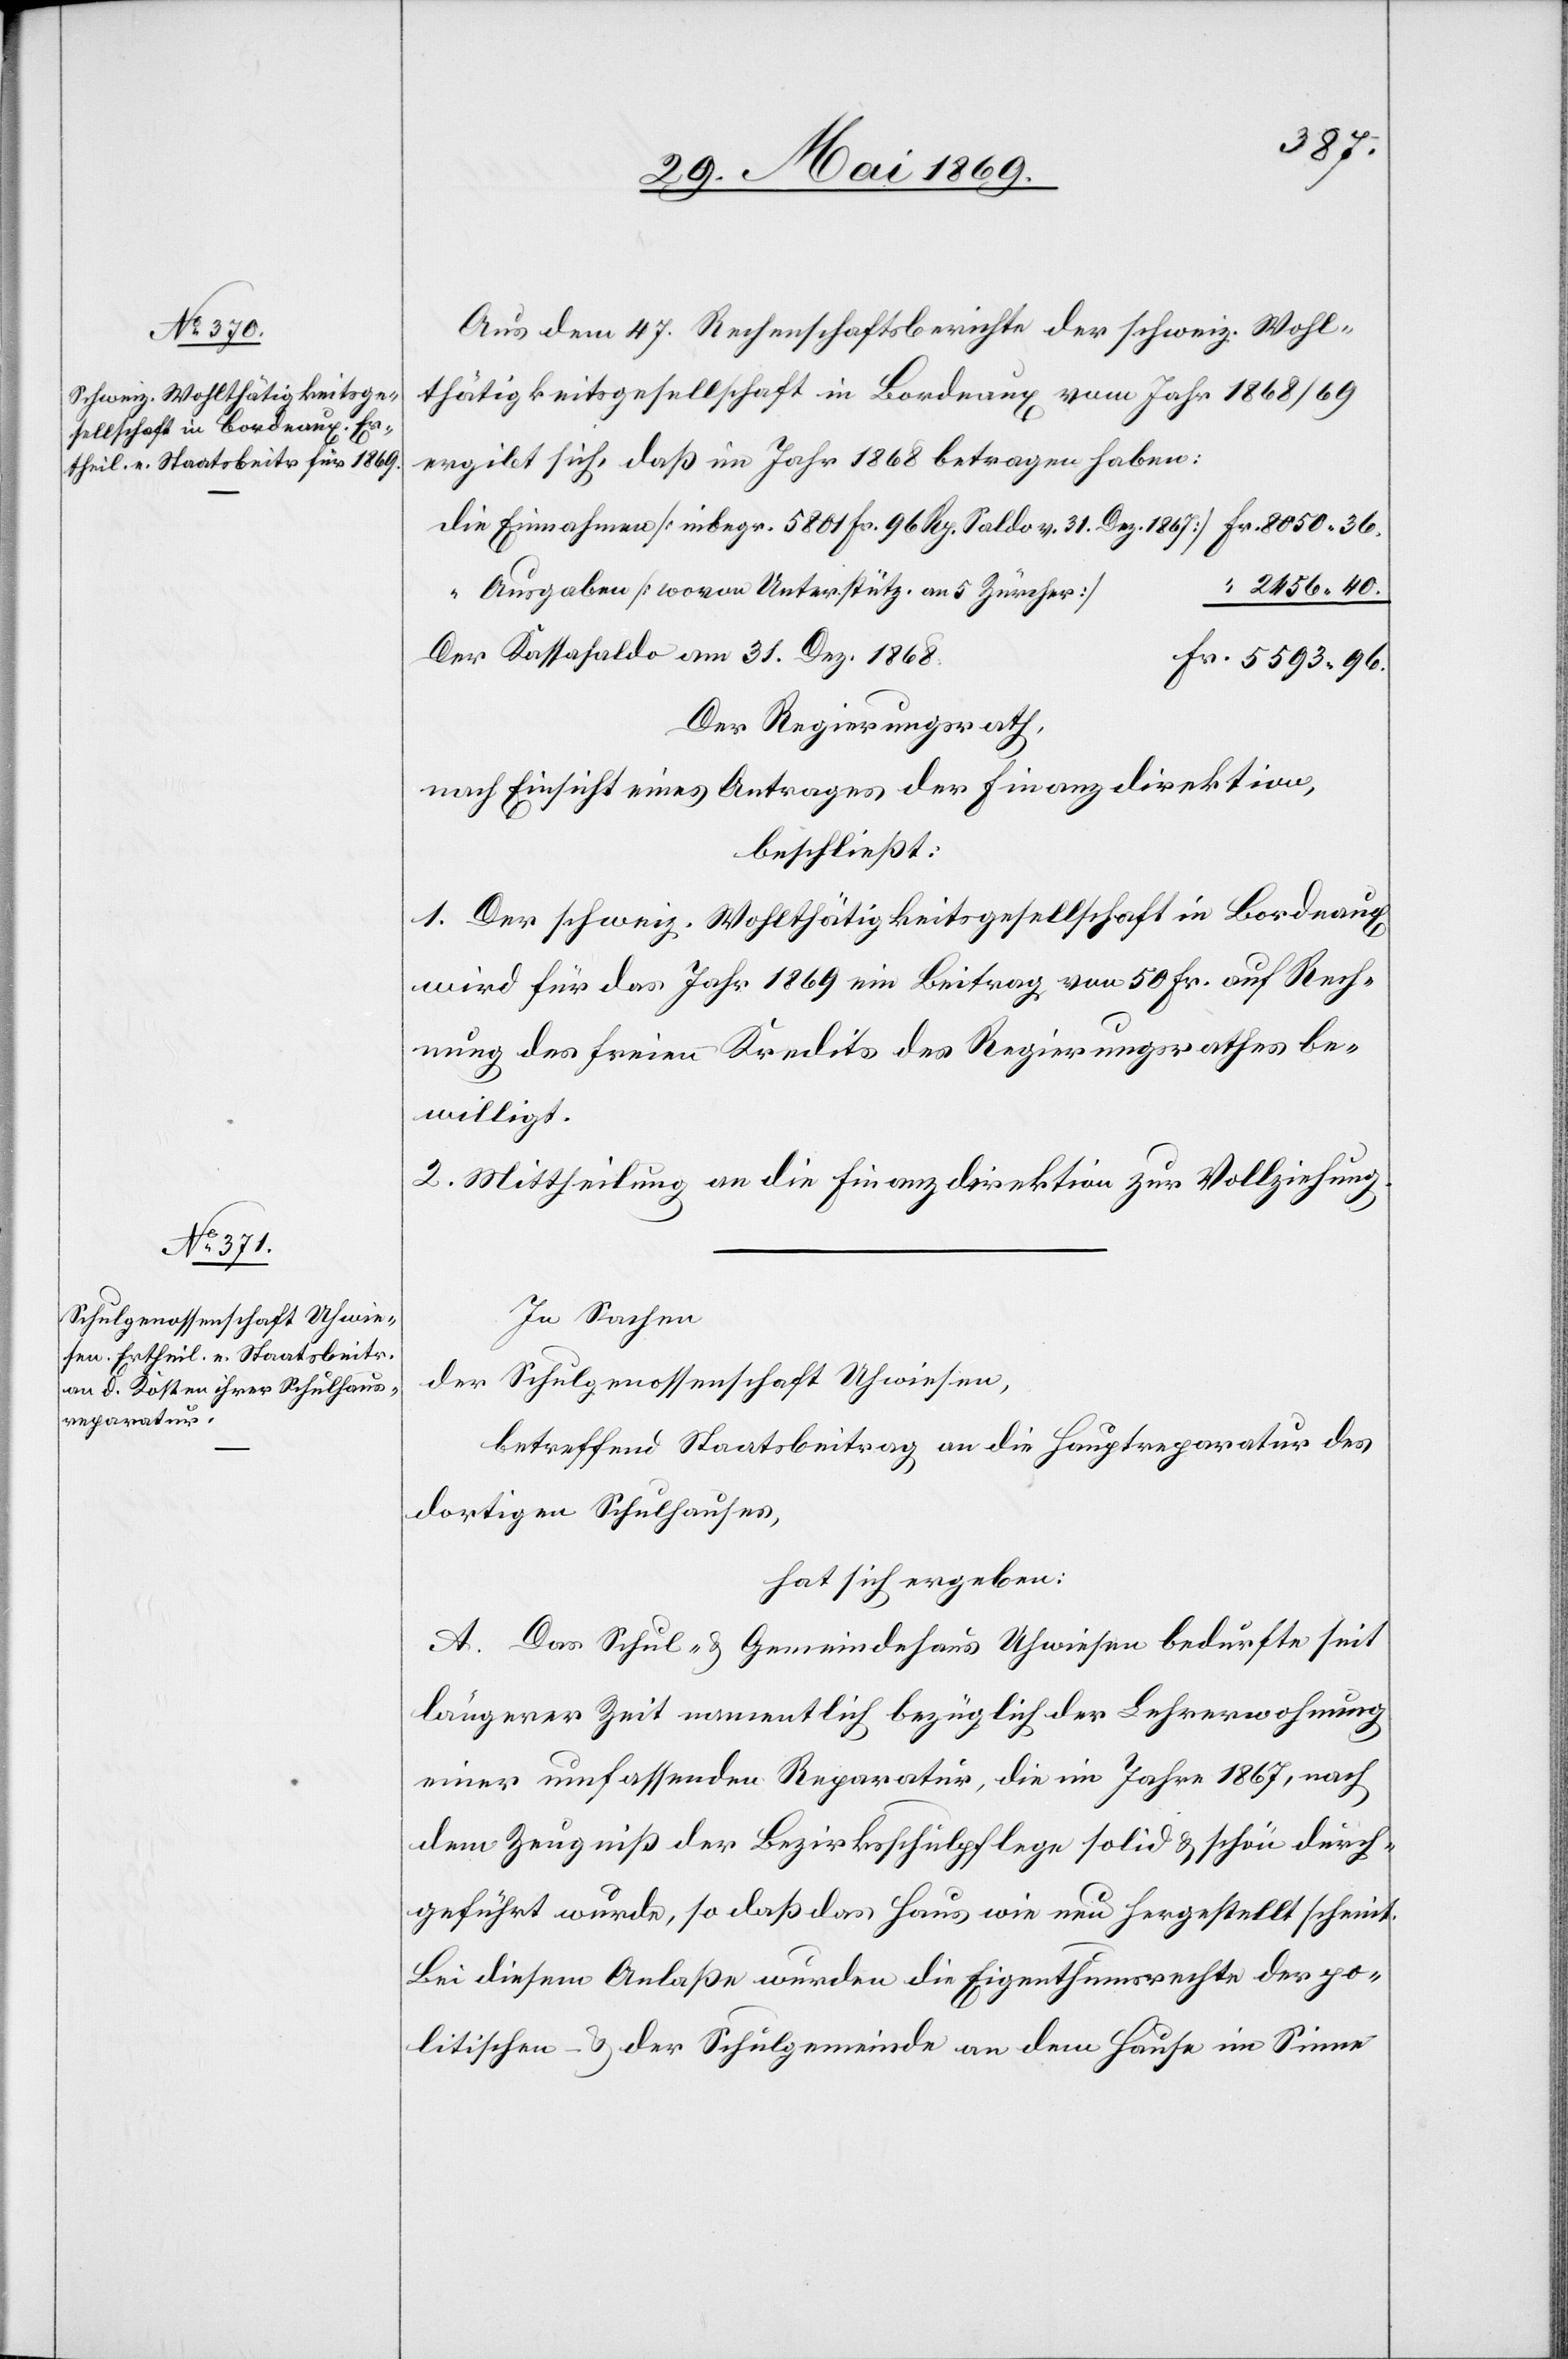
Aus dem 47 Rechenschaftsberichte der schweiz. Wohl¬
thätigkeitsgesellschaft in Bordeaux vom Jahr 1868/69
ergibt sich, daß im Jahr 1868 betragen haben:
Die Einnahmen [inbegr. 5801 Fr. 96 Rp. Saldo v. 31 Dez. 1867] Fr. 8050.36.
“	Ausgaben [wovon Unterstütz. an 5 Zürcher]				“
2456.40.
Der Kassasaldo am 31 Dez.
Der Regierungsrath,
nach Einsicht eines Antrages der Finanzdirektion,
beschließt:
1. Der schweiz. Wohlthätigkeitsgesellschaft in Bordeaux
wird für das Jahr 1869 ein Beitrag von 50 Frk. auf Rech¬
nung des freien Kredits des Regierungsrathes be¬
willigt.
2. Mittheilung an die Finanzdirektion zur Vollziehung.